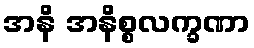
အနိ အနိစ္စလက္ခဏာ